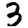
Digit: 3